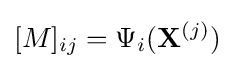
[M]_{ij}=\Psi _{i}(\mathbf {X} ^{(j)})